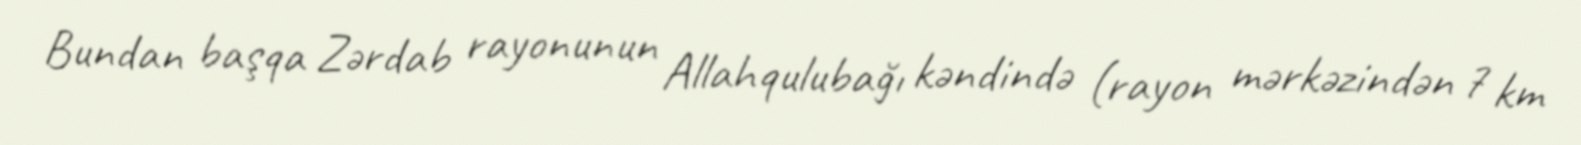
Bundan başqa Zərdab rayonunun Allahqulubağı kəndində (rayon mərkəzindən 7 km